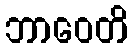
ဘာဝေတိ